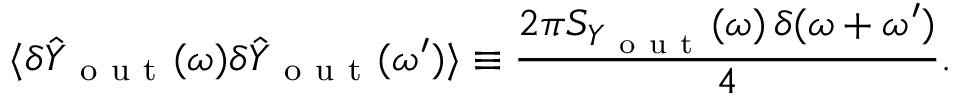
\langle \delta \hat { Y } _ { \mathrm { ~ o ~ u ~ t ~ } } ( \omega ) \delta \hat { Y } _ { \mathrm { ~ o ~ u ~ t ~ } } ( \omega ^ { \prime } ) \rangle \equiv \frac { 2 \pi S _ { Y _ { \mathrm { ~ o ~ u ~ t ~ } } } ( \omega ) \, \delta ( \omega + \omega ^ { \prime } ) } { 4 } .